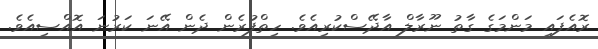
ރޮއެފައި މަންމަގެ ގާތު ނޫރާލް އާދޭސްކުރިއެވެ. ހިތްފުރެން ދެން އޭނަ ކަރުނަ އޮއްސިއެވެ.